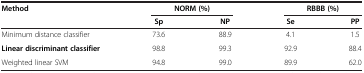
| Method | <COLSPAN=2> NORM (%) | <COLSPAN=2> RBBB (%) |
 |  | Sp | NP | Se | PP |
 | --- | --- | --- | --- | --- |
 | Minimum distance classifier | 73.6 | 88.9 | 4.1 | 1.5 |
 | Linear discriminant classifier | 98.8 | 99.3 | 92.9 | 88.4 |
 | Weighted linear SVM | 94.8 | 99.0 | 89.9 | 62.0 |